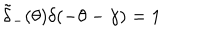
\tilde { \delta } _ { - } ( \theta ) \delta ( - \theta - \gamma ) = 1